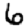
Digit: 6